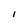
Character: I